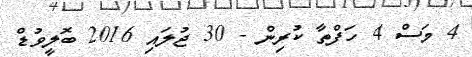
4 މަސް 4 ހަފްތާ ކުރިން - 30 ޖުލައި 2016 ބޮލީވުޑް